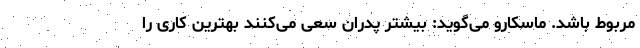
مربوط باشد. ماسکارو می‌گوید: بیشتر پدران سعی می‌کنند بهترین کاری را